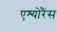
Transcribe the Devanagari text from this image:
एश्योरैंस